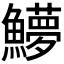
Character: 𬵳